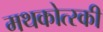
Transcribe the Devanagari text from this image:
मथकोत्स्की